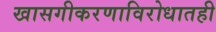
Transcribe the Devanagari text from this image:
खासगीकरणाविरोधातही